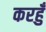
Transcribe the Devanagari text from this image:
करहुँ